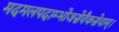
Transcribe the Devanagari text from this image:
मदमलपदाम्भोजसेवैकसेवाम्।